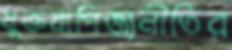
মুক্তবাণিজ্যনীতির